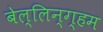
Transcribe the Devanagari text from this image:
बेल्लिन्ग्हम